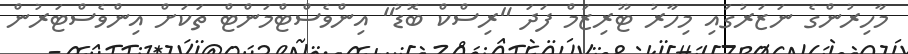
މާހިރުންގެ ނަޒަރުގައި މިހާރު ޓޫރިޒަމް ފަދަ "ރިސްކް ބޮޑު" އިންވެސްޓްމަންޓް ތަކަށް އިންވެސްޓަރުން